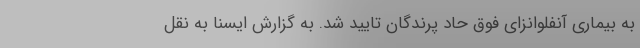
به بیماری آنفلوانزای فوق حاد پرندگان تایید شد. به گزارش ایسنا به نقل